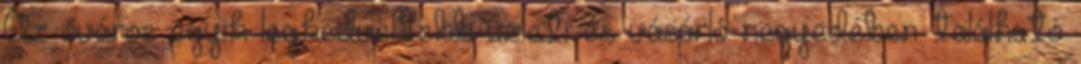
Az óváros egyik legkedveltebb üzleti és vásárló negyedében található